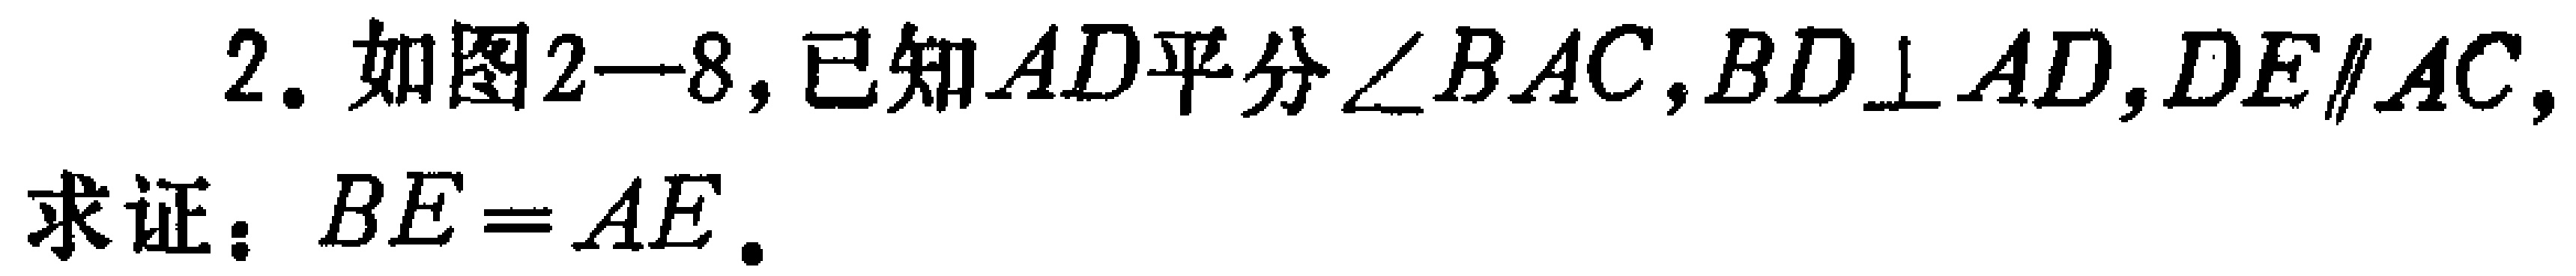
2. 如图2—8，已知\(AD\)平分\(\angle BAC\)，\(BD\perp AD\)，\(DE\parallel AC\)，
求证：\(BE = AE\)。